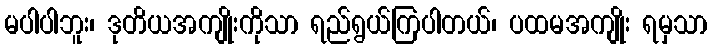
မပါပါဘူး၊ ဒုတိယအကျိုးကိုသာ ရည်ရွယ်ကြပါတယ်၊ ပထမအကျိုး ရမှသာ